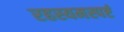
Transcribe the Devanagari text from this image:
रहस्यमस्पष्टं